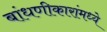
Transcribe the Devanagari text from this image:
बांधणीकारांमध्ये